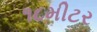
૧૮મીટર